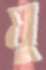
যু